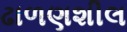
ઢાળણશીલ